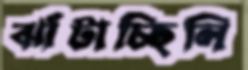
ঝাঁটাচ্ছিলি